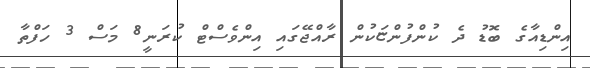
އިންޑިއާގެ ބޮޑު ދެ ކުންފުންޏަކުން ރާއްޖޭގައި އިންވެސްޓް ކުރަނީ8 މަސް 3 ހަފްތާ